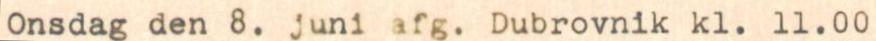
Onsdag den 8. juni afg. Dubrovnik kl. 11.00